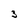
Character: 3